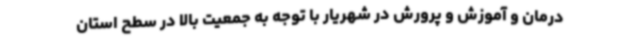
درمان و آموزش و پرورش در شهریار با توجه به جمعیت بالا در سطح استان